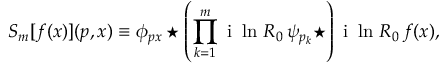
S _ { m } [ f ( x ) ] ( p , x ) \equiv \phi _ { p x } \star \left( \prod _ { k = 1 } ^ { m } { \mathrm { ~ i ~ } \ln \, R _ { 0 } \, \psi _ { p _ { k } } \star } \right) \mathrm { ~ i ~ } \ln \, R _ { 0 } \, f ( x ) ,